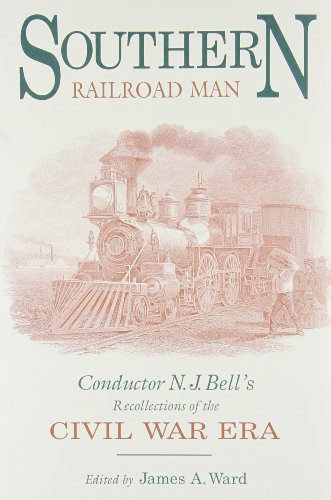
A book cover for Southern Railroad Man: Conductor N. J. Bell's Recollections of the Civil War Era (Railroads in America); Travel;